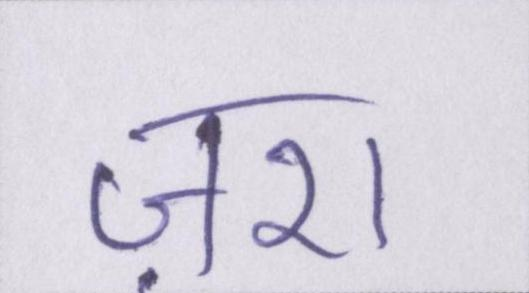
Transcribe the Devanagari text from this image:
ज़रा